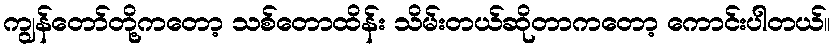
ကျွန်တော်တို့ကတော့ သစ်တောထိန်း သိမ်းတယ်ဆိုတာကတော့ ကောင်းပါတယ်။